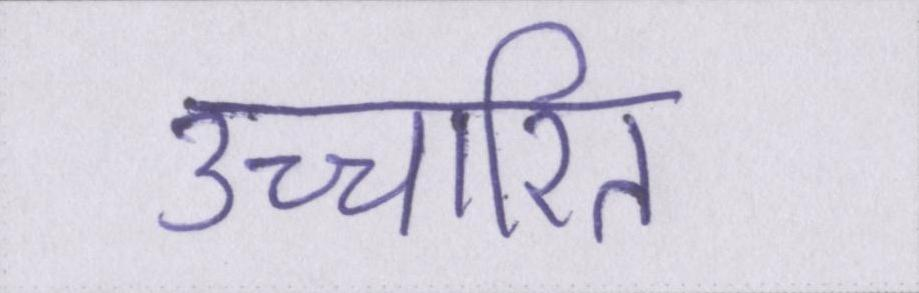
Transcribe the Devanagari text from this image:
उच्चारित